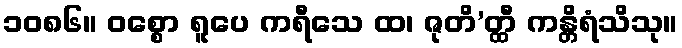
၁၀၈၆။ ဝစ္စော ရူပေ ကရီသေ ထ၊ ဇုတိ’တ္ထီ ကန္တိရံသိသု။